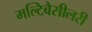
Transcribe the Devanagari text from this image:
मल्टिबैसीलरी